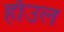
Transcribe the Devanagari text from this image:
हाॅउल